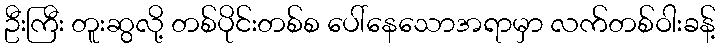
ဦးကြီး တူးဆွလို့ တစ်ပိုင်းတစ်စ ပေါ်နေသောအရာမှာ လက်တစ်ဝါးခန့်